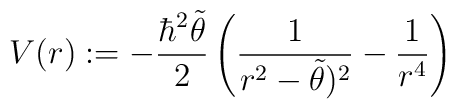
V(r) : = - \frac{\hbar^2 \tilde{\theta}}{2} \left( \frac{1}{r^2 - \tilde{\theta})^2} - \frac{1}{r^4}\right)